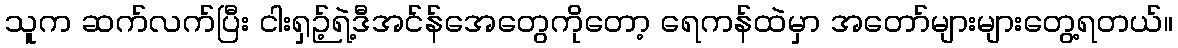
သူက ဆက်လက်ပြီး ငါးရှဉ့်ရဲ့ဒီအင်န်အေတွေကိုတော့ ရေကန်ထဲမှာ အတော်များများတွေ့ရတယ်။